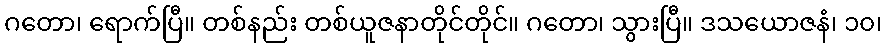
ဂတော၊ ရောက်ပြီ။ တစ်နည်း တစ်ယူဇနာတိုင်တိုင်။ ဂတော၊ သွားပြီ။ ဒသယောဇနံ၊ ၁၀၊